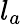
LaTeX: l_{a}